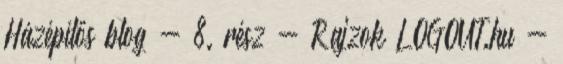
Házépítős blog - 8. rész - Rajzok LOGOUT.hu -